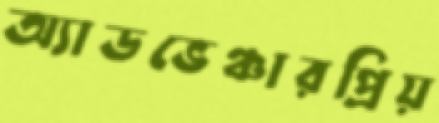
অ্যাডভেঞ্চারপ্রিয়